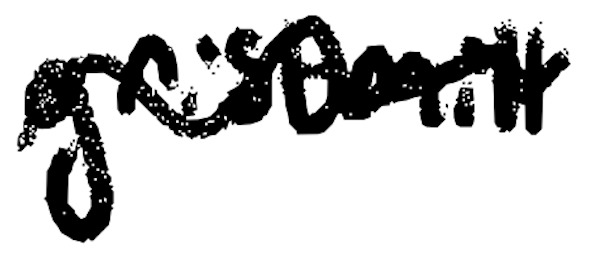
Text: gristmill
Cross-out: wave
Writing tool: digital_black